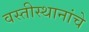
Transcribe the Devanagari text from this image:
वस्तीस्थानांचे